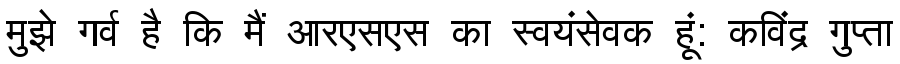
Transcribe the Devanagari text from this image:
मुझे गर्व है कि मैं आरएसएस का स्वयंसेवक हूं: कविंद्र गुप्ता